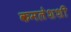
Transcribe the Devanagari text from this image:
कमलेशशी